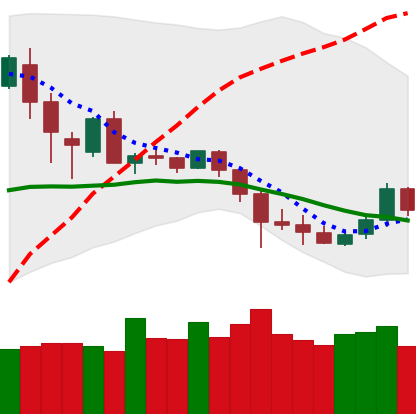
Ticker: DOGE-USD
Chart end date: 2020-03-04
Forward return: -7.673%
Label: down_7plus